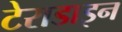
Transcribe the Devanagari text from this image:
टेराडाइन